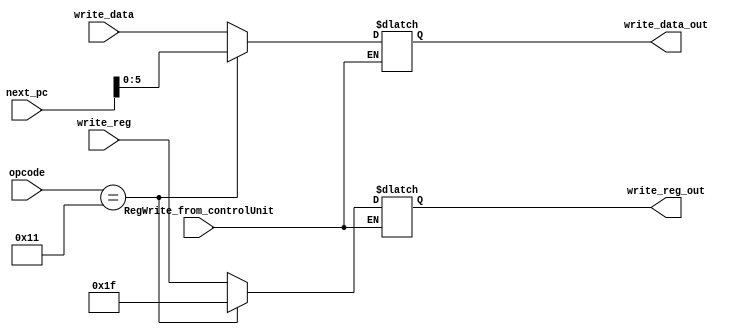
`timescale 1ns / 1ps
//////////////////////////////////////////////////////////////////////////////////
// Company: 
// Engineer: 
// 
// Design Name: 
// Module Name:    OpcodeBasedMux2X1 
// Project Name: 
// Target Devices: 
// Tool versions: 
// Description: 
//
// Dependencies: 
//
// Revision: 
// Revision 0.01 - File Created
// Additional Comments: 
//
//////////////////////////////////////////////////////////////////////////////////
module OpcodeBasedMux2X1(
	 input RegWrite_from_controlUnit,
    input [5:0] opcode,
    input [31:0] next_pc,
    input [5:0] write_reg,
    input [5:0] write_data,
    output reg [5:0] write_reg_out,
    output reg [5:0] write_data_out
    );
always @(RegWrite_from_controlUnit) begin
if (RegWrite_from_controlUnit) begin
	if (opcode == 6'b010001) begin
		write_reg_out = 31;
		write_data_out = next_pc;
	end
	else begin
		write_reg_out = write_reg;
		write_data_out = write_data;
	end
end
end

endmodule